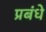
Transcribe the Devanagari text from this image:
प्रबंधे